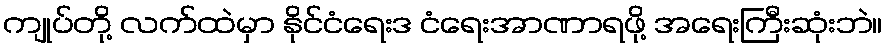
ကျုပ်တို့ လက်ထဲမှာ နိုင်ငံရေးဒ ငံရေးအာဏာရဖို့ အရေးကြီးဆုံးဘဲ။